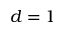
d = 1